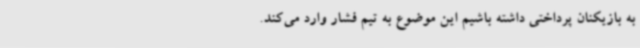
به بازیکنان پرداختی داشته باشیم این موضوع به تیم فشار وارد می‌کند.